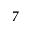
7